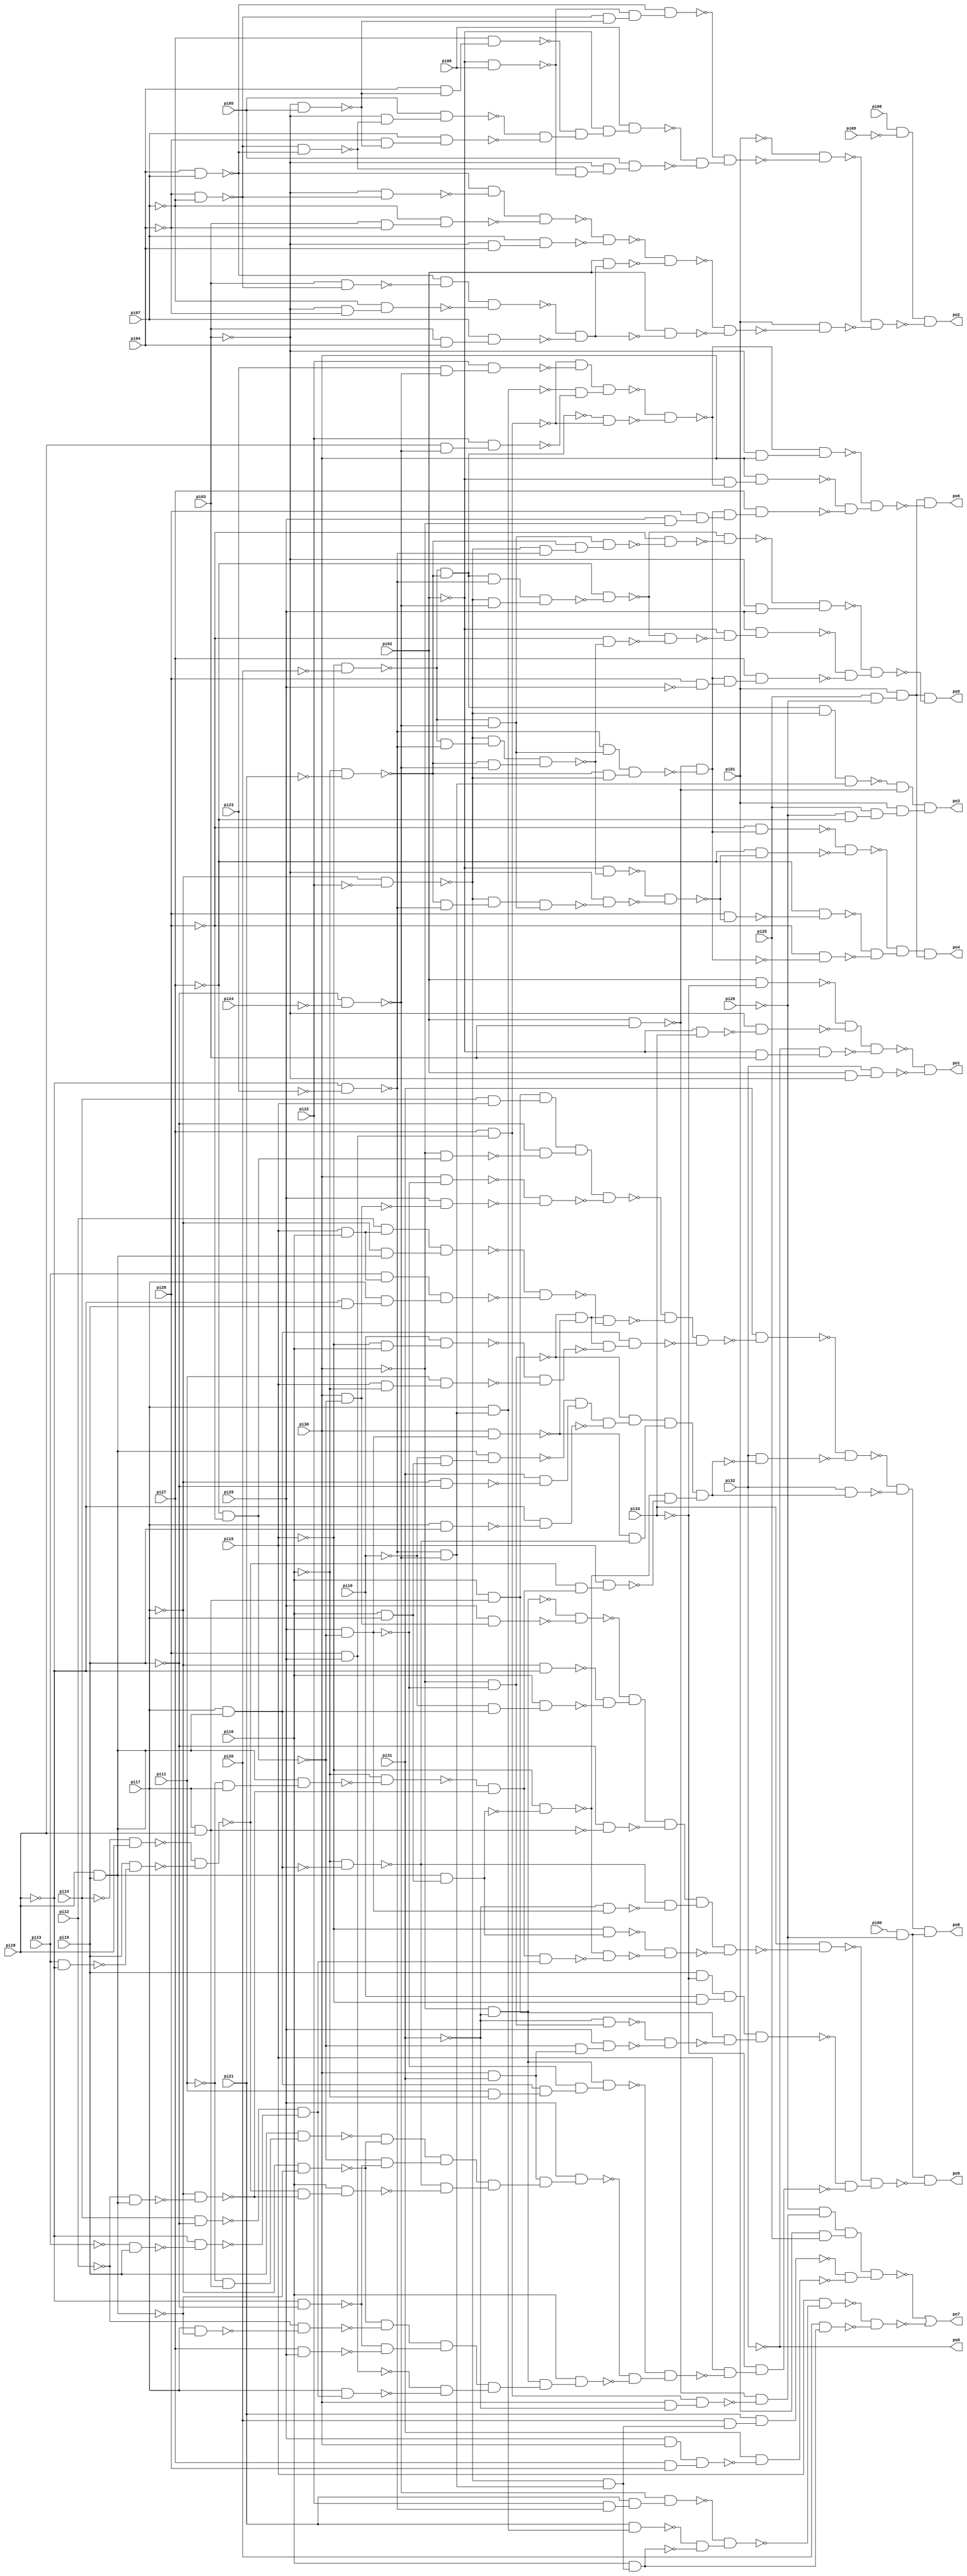
// Benchmark "term1" written by ABC on Sun Apr 22 21:43:15 2018

module term1 ( 
    pi00, pi01, pi02, pi03, pi04, pi05, pi06, pi07, pi08, pi09, pi10, pi11,
    pi12, pi13, pi14, pi15, pi16, pi17, pi18, pi19, pi20, pi21, pi22, pi23,
    pi24, pi25, pi26, pi27, pi28, pi29, pi30, pi31, pi32, pi33,
    po0, po1, po2, po3, po4, po5, po6, po7, po8, po9  );
  input  pi00, pi01, pi02, pi03, pi04, pi05, pi06, pi07, pi08, pi09,
    pi10, pi11, pi12, pi13, pi14, pi15, pi16, pi17, pi18, pi19, pi20, pi21,
    pi22, pi23, pi24, pi25, pi26, pi27, pi28, pi29, pi30, pi31, pi32, pi33;
  output po0, po1, po2, po3, po4, po5, po6, po7, po8, po9;
  wire n45, n46, n47, n48, n49, n50, n51, n52, n53, n55, n56, n57, n58, n59,
    n60, n61, n62, n63, n64, n65, n66, n67, n68, n69, n70, n71, n72, n73,
    n74, n75, n76, n77, n78, n79, n80, n81, n82, n83, n84, n85, n86, n87,
    n88, n89, n90, n91, n92, n93, n94, n95, n96, n97, n98, n99, n100, n101,
    n103, n104, n105, n106, n107, n108, n109, n110, n111, n112, n113, n114,
    n115, n116, n118, n119, n120, n121, n122, n123, n124, n125, n126, n127,
    n128, n129, n130, n131, n132, n133, n134, n135, n136, n137, n138, n139,
    n140, n141, n142, n144, n145, n146, n147, n148, n149, n150, n151, n152,
    n153, n154, n155, n156, n157, n158, n159, n160, n161, n162, n163, n165,
    n166, n167, n168, n169, n170, n171, n172, n173, n174, n175, n176, n177,
    n178, n179, n180, n181, n182, n183, n184, n185, n186, n188, n189, n190,
    n191, n192, n193, n194, n195, n196, n197, n198, n199, n200, n201, n202,
    n203, n204, n205, n206, n207, n208, n209, n210, n211, n212, n214, n215,
    n216, n217, n218, n219, n220, n221, n222, n223, n224, n225, n226, n227,
    n228, n229, n230, n231, n232, n233, n234, n235, n236, n237, n238, n239,
    n240, n241, n242, n243, n244, n245, n246, n247, n248, n249, n250, n251,
    n252, n253, n254, n255, n256, n257, n258, n259, n260, n261, n262, n263,
    n264, n265, n266, n267, n268, n269, n270, n271, n272, n273, n274, n275,
    n276, n277, n278, n279, n280, n281, n282, n283, n284, n285, n286, n288,
    n289, n290, n291, n292, n293, n294, n295, n296, n297, n298, n299, n300,
    n301, n302, n303, n304, n305, n306, n307, n308, n309, n310, n311, n312,
    n313, n314, n315, n316, n317, n318, n319, n320, n321, n322, n323, n324,
    n325, n326, n327, n328, n329, n330, n331, n332, n333, n334, n335, n336,
    n337, n338, n339, n340, n341, n342, n343, n344, n345, n346, n347, n348,
    n349, n350, n351, n352, n353, n354;
  assign n45 = pi02 & ~pi33;
  assign n46 = ~pi02 & pi33;
  assign n47 = ~pi03 & ~n46;
  assign n48 = ~n45 & ~n47;
  assign n49 = ~pi02 & pi03;
  assign n50 = ~pi32 & n49;
  assign n51 = n48 & ~n50;
  assign n52 = pi02 & ~pi03;
  assign n53 = pi32 & n52;
  assign po1 = ~n51 & ~n53;
  assign n55 = pi08 & ~pi09;
  assign n56 = ~pi04 & ~pi07;
  assign n57 = pi04 & pi07;
  assign n58 = ~n56 & ~n57;
  assign n59 = ~pi03 & pi05;
  assign n60 = pi04 & ~n59;
  assign n61 = ~pi07 & n60;
  assign n62 = ~pi03 & ~n58;
  assign n63 = pi05 & n62;
  assign n64 = ~pi04 & ~n59;
  assign n65 = pi07 & n64;
  assign n66 = ~n63 & ~n65;
  assign n67 = ~n61 & n66;
  assign n68 = ~pi02 & pi06;
  assign n69 = ~n58 & ~n68;
  assign n70 = ~n56 & ~n59;
  assign n71 = ~n68 & n70;
  assign n72 = ~n57 & n71;
  assign n73 = ~pi02 & n67;
  assign n74 = pi06 & n73;
  assign n75 = ~pi03 & n69;
  assign n76 = pi05 & n75;
  assign n77 = ~n74 & ~n76;
  assign n78 = ~n72 & n77;
  assign n79 = ~pi03 & ~n56;
  assign n80 = ~n57 & ~n79;
  assign n81 = pi03 & ~pi04;
  assign n82 = ~pi07 & n81;
  assign n83 = n80 & ~n82;
  assign n84 = ~pi03 & pi04;
  assign n85 = pi07 & n84;
  assign n86 = ~n83 & ~n85;
  assign n87 = pi03 & ~n56;
  assign n88 = ~n57 & ~n87;
  assign n89 = ~pi03 & ~pi04;
  assign n90 = ~pi07 & n89;
  assign n91 = n88 & ~n90;
  assign n92 = pi03 & pi04;
  assign n93 = pi07 & n92;
  assign n94 = ~n91 & ~n93;
  assign n95 = pi02 & n94;
  assign n96 = ~n86 & ~n95;
  assign n97 = pi02 & ~n94;
  assign n98 = ~n96 & ~n97;
  assign n99 = ~pi01 & ~n78;
  assign n100 = pi01 & ~n98;
  assign n101 = ~n99 & ~n100;
  assign po2 = n55 & ~n101;
  assign n103 = ~pi26 & ~pi27;
  assign n104 = pi25 & n103;
  assign n105 = ~pi15 & ~pi20;
  assign n106 = ~pi16 & ~pi21;
  assign n107 = ~n105 & ~n106;
  assign n108 = ~pi17 & ~pi22;
  assign n109 = n107 & ~n108;
  assign n110 = ~pi18 & ~pi23;
  assign n111 = ~pi19 & ~pi24;
  assign n112 = ~n110 & ~n111;
  assign n113 = n109 & n112;
  assign n114 = pi02 & pi03;
  assign n115 = ~n113 & ~n114;
  assign n116 = pi01 & n104;
  assign po3 = n115 & n116;
  assign n118 = pi25 & ~pi26;
  assign n119 = ~n105 & ~n110;
  assign n120 = ~n108 & n119;
  assign n121 = ~n106 & ~n111;
  assign n122 = n120 & n121;
  assign n123 = ~n106 & ~n110;
  assign n124 = ~n108 & n123;
  assign n125 = ~n105 & ~n111;
  assign n126 = n124 & n125;
  assign n127 = ~pi02 & ~n122;
  assign n128 = ~pi03 & ~n126;
  assign n129 = ~n127 & ~n128;
  assign n130 = ~n110 & n125;
  assign n131 = ~n106 & ~n108;
  assign n132 = n130 & n131;
  assign n133 = ~n114 & ~n132;
  assign n134 = ~pi28 & n133;
  assign n135 = ~pi27 & ~n129;
  assign n136 = ~n134 & ~n135;
  assign n137 = pi28 & ~n129;
  assign n138 = ~pi27 & ~n137;
  assign n139 = ~pi28 & ~n133;
  assign n140 = ~n138 & ~n139;
  assign n141 = ~n136 & n140;
  assign n142 = pi01 & n118;
  assign po4 = n141 & n142;
  assign n144 = pi28 & ~pi29;
  assign n145 = n107 & ~n110;
  assign n146 = ~n108 & ~n111;
  assign n147 = n145 & n146;
  assign n148 = ~pi27 & ~n147;
  assign n149 = ~pi28 & ~n122;
  assign n150 = ~n148 & ~n149;
  assign n151 = ~n108 & ~n110;
  assign n152 = ~n106 & n151;
  assign n153 = n125 & n152;
  assign n154 = ~pi28 & ~n153;
  assign n155 = ~n148 & ~n154;
  assign n156 = ~pi03 & pi29;
  assign n157 = ~n155 & n156;
  assign n158 = ~pi02 & ~n150;
  assign n159 = pi29 & n158;
  assign n160 = n133 & n144;
  assign n161 = pi27 & n160;
  assign n162 = ~n159 & ~n161;
  assign n163 = ~n157 & n162;
  assign po5 = n142 & ~n163;
  assign n165 = pi29 & ~pi30;
  assign n166 = pi28 & n165;
  assign n167 = pi28 & pi29;
  assign n168 = pi27 & n167;
  assign n169 = pi23 & ~n111;
  assign n170 = pi22 & n169;
  assign n171 = ~n168 & ~n170;
  assign n172 = pi17 & n112;
  assign n173 = pi18 & ~n111;
  assign n174 = pi22 & n173;
  assign n175 = ~n172 & ~n174;
  assign n176 = n171 & n175;
  assign n177 = ~n107 & ~n168;
  assign n178 = ~n176 & ~n177;
  assign n179 = ~pi03 & pi30;
  assign n180 = ~n178 & n179;
  assign n181 = ~pi02 & ~n178;
  assign n182 = pi30 & n181;
  assign n183 = n133 & n166;
  assign n184 = pi27 & n183;
  assign n185 = ~n182 & ~n184;
  assign n186 = ~n180 & n185;
  assign po6 = n142 & ~n186;
  assign n188 = ~n108 & n112;
  assign n189 = pi22 & ~n110;
  assign n190 = pi21 & n189;
  assign n191 = ~n111 & n190;
  assign n192 = pi21 & n172;
  assign n193 = pi16 & n188;
  assign n194 = ~n192 & ~n193;
  assign n195 = ~n191 & n194;
  assign n196 = pi29 & pi30;
  assign n197 = pi27 & pi28;
  assign n198 = n196 & n197;
  assign n199 = pi30 & ~pi31;
  assign n200 = n168 & n199;
  assign n201 = ~n114 & ~n200;
  assign n202 = ~pi26 & n201;
  assign n203 = pi01 & pi25;
  assign n204 = n202 & n203;
  assign n205 = pi20 & n188;
  assign n206 = pi21 & n205;
  assign n207 = pi31 & ~n198;
  assign n208 = ~n206 & ~n207;
  assign n209 = n204 & n208;
  assign n210 = pi15 & ~n195;
  assign n211 = pi20 & n193;
  assign n212 = ~n210 & ~n211;
  assign po7 = ~n209 | ~n212;
  assign n214 = pi18 & pi19;
  assign n215 = pi17 & n214;
  assign n216 = ~pi15 & pi16;
  assign n217 = pi10 & n216;
  assign n218 = ~pi27 & ~pi28;
  assign n219 = pi29 & ~n218;
  assign n220 = ~pi30 & ~n219;
  assign n221 = pi30 & n219;
  assign n222 = ~n220 & ~n221;
  assign n223 = pi15 & ~pi16;
  assign n224 = pi11 & n223;
  assign n225 = pi15 & pi16;
  assign n226 = pi12 & n225;
  assign n227 = ~pi17 & n214;
  assign n228 = pi13 & n225;
  assign n229 = ~pi18 & pi19;
  assign n230 = pi17 & n229;
  assign n231 = pi17 & pi18;
  assign n232 = pi16 & n231;
  assign n233 = pi14 & pi15;
  assign n234 = n232 & n233;
  assign n235 = ~pi30 & n218;
  assign n236 = ~pi19 & ~n235;
  assign n237 = n234 & n236;
  assign n238 = pi30 & ~n219;
  assign n239 = pi30 & ~n218;
  assign n240 = pi29 & ~n239;
  assign n241 = ~n238 & ~n240;
  assign n242 = n237 & ~n241;
  assign n243 = n226 & n227;
  assign n244 = n228 & n230;
  assign n245 = ~n243 & ~n244;
  assign n246 = n222 & ~n245;
  assign n247 = ~n242 & ~n246;
  assign n248 = ~n217 & ~n224;
  assign n249 = n222 & ~n248;
  assign n250 = n215 & n249;
  assign n251 = n247 & ~n250;
  assign n252 = ~pi11 & pi17;
  assign n253 = n214 & n252;
  assign n254 = ~pi12 & n214;
  assign n255 = ~pi14 & pi18;
  assign n256 = pi13 & ~pi18;
  assign n257 = pi19 & ~n256;
  assign n258 = ~n255 & ~n257;
  assign n259 = ~pi16 & ~n253;
  assign n260 = ~pi17 & ~n254;
  assign n261 = ~n259 & ~n260;
  assign n262 = ~n258 & n261;
  assign n263 = pi16 & pi17;
  assign n264 = n214 & n263;
  assign n265 = ~pi10 & n263;
  assign n266 = n214 & n265;
  assign n267 = ~pi17 & ~pi19;
  assign n268 = pi31 & ~n267;
  assign n269 = ~n266 & n268;
  assign n270 = pi17 & pi19;
  assign n271 = ~pi18 & ~n270;
  assign n272 = n269 & ~n271;
  assign n273 = ~n220 & n272;
  assign n274 = ~pi16 & ~n215;
  assign n275 = ~n221 & ~n274;
  assign n276 = n273 & n275;
  assign n277 = ~pi15 & ~n264;
  assign n278 = pi15 & n262;
  assign n279 = ~n277 & ~n278;
  assign n280 = n276 & n279;
  assign n281 = pi31 & ~n251;
  assign n282 = pi32 & ~n280;
  assign n283 = ~n281 & ~n282;
  assign n284 = pi32 & n280;
  assign n285 = ~n283 & ~n284;
  assign n286 = pi00 & ~pi26;
  assign po8 = n285 & n286;
  assign n288 = pi19 & ~pi33;
  assign n289 = pi10 & ~pi15;
  assign n290 = n288 & n289;
  assign n291 = pi30 & pi31;
  assign n292 = ~pi31 & n220;
  assign n293 = ~n218 & n291;
  assign n294 = pi29 & n293;
  assign n295 = ~n292 & ~n294;
  assign n296 = ~n258 & ~n260;
  assign n297 = ~pi11 & n231;
  assign n298 = pi19 & n297;
  assign n299 = ~pi17 & ~n214;
  assign n300 = ~n298 & ~n299;
  assign n301 = ~pi18 & ~pi19;
  assign n302 = ~n218 & ~n301;
  assign n303 = n300 & n302;
  assign n304 = pi16 & n296;
  assign n305 = ~n274 & ~n304;
  assign n306 = n303 & n305;
  assign n307 = ~pi30 & ~pi31;
  assign n308 = pi14 & ~pi19;
  assign n309 = ~pi13 & pi19;
  assign n310 = ~pi18 & ~n309;
  assign n311 = ~n308 & ~n310;
  assign n312 = pi17 & ~n214;
  assign n313 = ~pi12 & ~n312;
  assign n314 = ~n299 & ~n313;
  assign n315 = pi27 & pi29;
  assign n316 = ~n301 & ~n315;
  assign n317 = n314 & n316;
  assign n318 = pi17 & n311;
  assign n319 = ~n167 & ~n318;
  assign n320 = n317 & n319;
  assign n321 = pi11 & ~pi16;
  assign n322 = n215 & n321;
  assign n323 = ~n219 & n322;
  assign n324 = n307 & n323;
  assign n325 = n291 & n306;
  assign n326 = pi29 & n325;
  assign n327 = n307 & n320;
  assign n328 = pi16 & n327;
  assign n329 = ~n326 & ~n328;
  assign n330 = ~n324 & n329;
  assign n331 = n261 & n311;
  assign n332 = pi29 & n239;
  assign n333 = ~n307 & ~n332;
  assign n334 = ~pi17 & ~pi18;
  assign n335 = ~pi10 & n215;
  assign n336 = pi16 & n335;
  assign n337 = ~n334 & ~n336;
  assign n338 = ~n333 & n337;
  assign n339 = ~pi19 & ~n231;
  assign n340 = n338 & ~n339;
  assign n341 = ~pi31 & n219;
  assign n342 = ~n274 & ~n341;
  assign n343 = n340 & n342;
  assign n344 = ~pi15 & n264;
  assign n345 = ~n277 & ~n331;
  assign n346 = ~n344 & ~n345;
  assign n347 = n343 & ~n346;
  assign n348 = pi33 & ~n347;
  assign n349 = n232 & ~n295;
  assign n350 = n290 & n349;
  assign n351 = pi15 & ~n330;
  assign n352 = ~pi33 & n351;
  assign n353 = ~n350 & ~n352;
  assign n354 = ~n348 & n353;
  assign po9 = n286 & ~n354;
  assign po0 = ~pi32;
endmodule